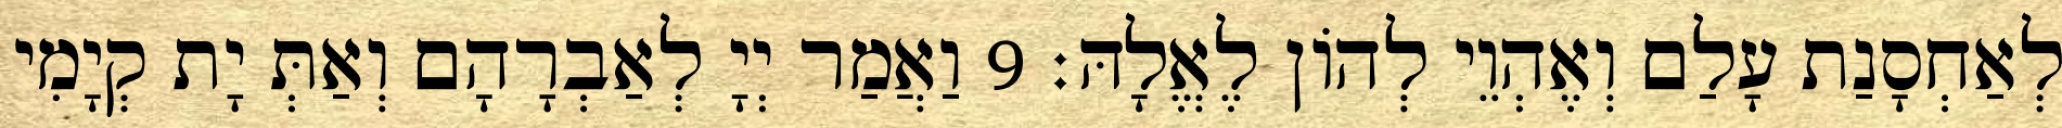
לְאַחְסָנַת עָלַם וְאֶהְוֵי לְהוֹן לֶאֱלָהּ׃ 9 וַאֲמַר יְיָ לְאַבְרָהָם וְאַתְּ יָת קְיָמִי